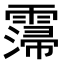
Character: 𩅕